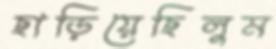
ছাড়িয়েছিলুম